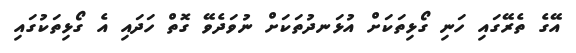
އޭގެ ތެރޭގައި ހަނި ގޯޅިތަކަށް އުޅަނދުތަކަށް ނުވަދެވޭ ގޮތް ހަދައި އެ ގޯޅިތަކުގައި